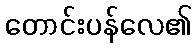
တောင်းပန်လေ၏